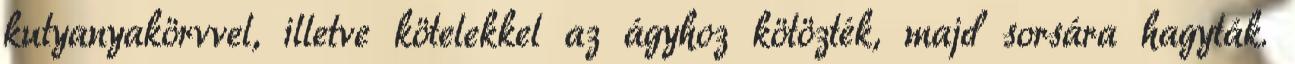
kutyanyakörvvel, illetve kötelekkel az ágyhoz kötözték, majd sorsára hagyták.